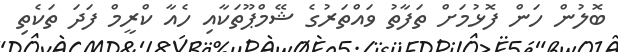
ބޮލުން ހަން ފޮޅުމަށް ތަފާތު ވައްތަރުގެ ޝޭމްޕޫތަކާއި ހެއާ ކްރީމް ފަދަ ތަކެތި